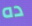
ده